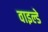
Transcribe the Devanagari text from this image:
वाइल्डे